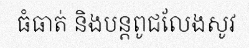
ធំធាត់ និងបន្តពូជលែងសូវ